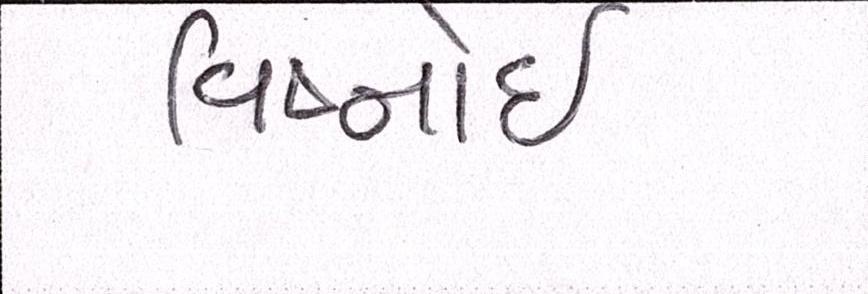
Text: વિષ્નોઈ